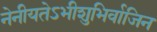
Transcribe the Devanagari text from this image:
नेनीयतेऽभीशुभिर्वाजिन